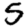
Digit: 5